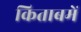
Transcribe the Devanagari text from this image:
किताबमें